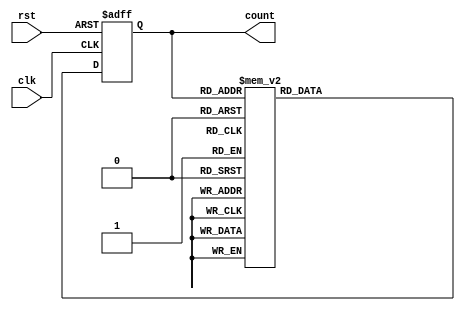
module gray_counter (
    input wire clk,        // Clock input
    input wire rst,        // Reset input
    output reg [3:0] count // Gray counter output
);

reg [3:0] next_count;

always @ (posedge clk or posedge rst) begin
    if (rst) begin
        count <= 4'b0;     // Reset counter to 0
    end else begin
        count <= next_count; // Update counter with next value
    end
end

always @ (count) begin
    case(count)
        4'b0000: next_count = 4'b0001;
        4'b0001: next_count = 4'b0011;
        4'b0011: next_count = 4'b0010;
        4'b0010: next_count = 4'b0110;
        4'b0110: next_count = 4'b0111;
        4'b0111: next_count = 4'b0101;
        4'b0101: next_count = 4'b0100;
        4'b0100: next_count = 4'b1100;
        4'b1100: next_count = 4'b1101;
        4'b1101: next_count = 4'b1111;
        4'b1111: next_count = 4'b1110;
        4'b1110: next_count = 4'b1010;
        4'b1010: next_count = 4'b1011;
        4'b1011: next_count = 4'b1001;
        4'b1001: next_count = 4'b1000;
        4'b1000: next_count = 4'b0000;
    endcase
end

endmodule